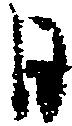
日